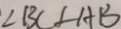
\angle B C \angle A B